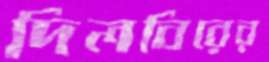
দিলবিরের